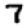
Digit: 7